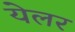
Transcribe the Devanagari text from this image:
येलर